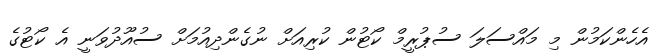
އެހެންކަމުން މި މައްސަލަ ސުޕުރީމް ކޯޓުން ކުރިއަށް ނުގެންދިއުމަށް ސުއޫދުވަނީ އެ ކޯޓުގެ